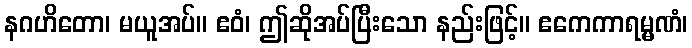
နဂဟိတော၊ မယူအပ်။ ဧဝံ၊ ဤဆိုအပ်ပြီးသော နည်းဖြင့်။ ဧကေကာရမ္မဏံ၊